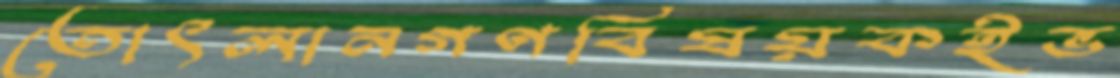
তোৎলানগণবিষয়কইভ